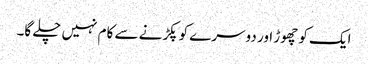
ایک کو چھوڑ اور دوسرے کو پکڑنے سے کام نہیں چلے گا۔